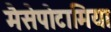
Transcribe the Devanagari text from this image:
मैसेपोटामिया